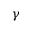
\gamma